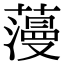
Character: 䕕